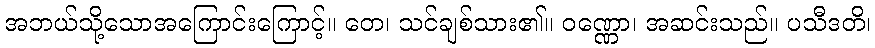
အဘယ်သို့သောအကြောင်းကြောင့်။ တေ၊ သင်ချစ်သား၏။ ဝဏ္ဏော၊ အဆင်းသည်။ ပသီဒတိ၊